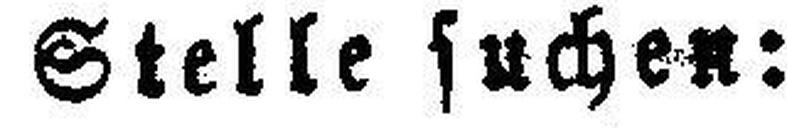
Stelle suchen: